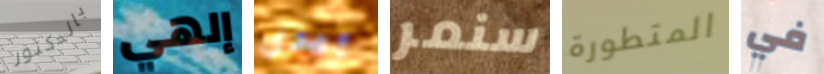
بالدكتور إلهي بيدى سنمر المتطورة في